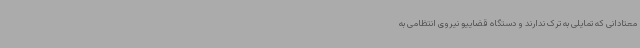
معتادانی که تمایلی به ترک ندارند و دستگاه قضاییو نیروی انتظامی به